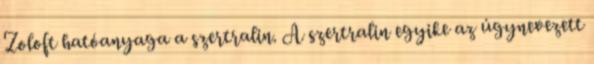
Zoloft hatóanyaga a szertralin. A szertralin egyike az úgynevezett